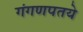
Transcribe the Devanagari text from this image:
गंगणपतये